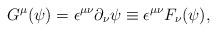
LaTeX: \begin{align*}G^{\mu}(\psi)={\epsilon}^{{\mu}{\nu}}{\partial}_{\nu}{\psi}\equiv {\epsilon}^{{\mu}{\nu}}F_{\nu}(\psi),\end{align*}